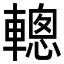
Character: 䡯